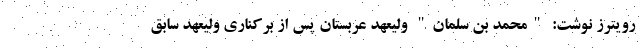
رویترز نوشت: "محمد بن سلمان" ولیعهد عربستان پس از برکناری ولیعهد سابق